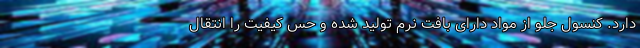
دارد. کنسول جلو از مواد دارای بافت نرم تولید شده و حس کیفیت را انتقال